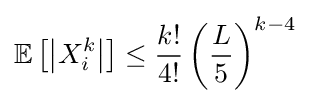
\mathbb {E} \left[\left|X_{i}^{k}\right|\right]\leq {\frac {k!}{4!}}\left({\frac {L}{5}}\right)^{k-4}